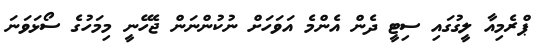
ޕްރެމިއާ ލީގުގައި ސިޓީ ދެން އެންމެ އަވަހަށް ނުކުންނަން ޖެހޭނީ މިމަހުގެ ސޯޅަވަނަ